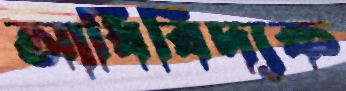
আধিবিদ্যক